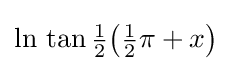
{\textstyle \ln \,\tan {\tfrac {1}{2}}{{\bigl (}{\tfrac {1}{2}}\pi +x{\bigr )}}}